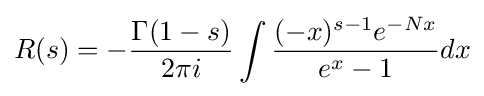
R(s)=-{\frac {\Gamma (1-s)}{2\pi i}}\int {\frac {(-x)^{s-1}e^{-Nx}}{e^{x}-1}}dx